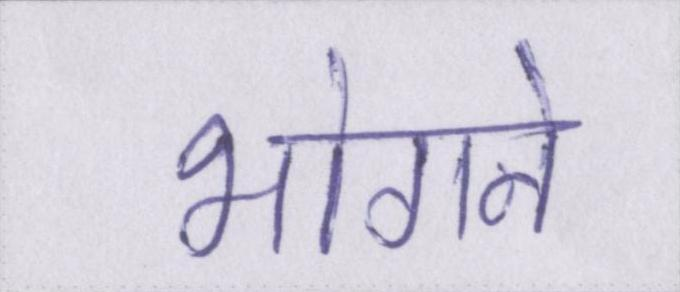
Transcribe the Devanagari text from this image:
भोगने